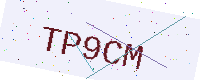
Text: TP9CM